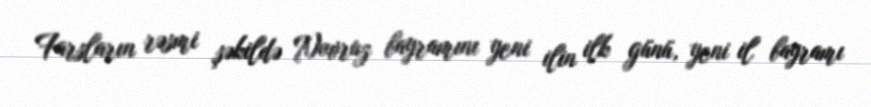
Farsların rəsmi şəkildə Novruz bayramını yeni ilin ilk günü, yeni il bayramı